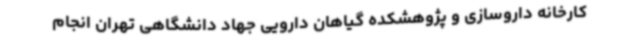
کارخانه داروسازی و پژوهشکده گیاهان دارویی جهاد دانشگاهی تهران انجام